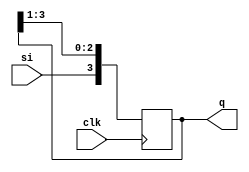
module sipos (
    input clk,input si,output reg [3:0]q
);
    always @(posedge clk) begin
        //right shift
        q[3]<=si;
        q[2]<=q[3];
        q[1]<=q[2];
        q[0]<=q[1];
    end
endmodule